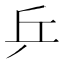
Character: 乒